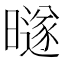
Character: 𰖱